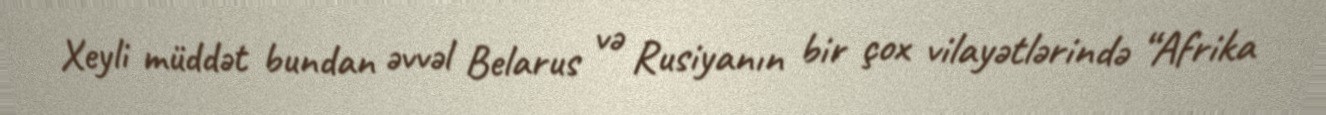
Xeyli müddət bundan əvvəl Belarus və Rusiyanın bir çox vilayətlərində “Afrika